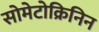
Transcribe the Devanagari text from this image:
सोमेटोक्रिनिन